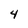
Character: 4